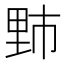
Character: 𫒁